Indian journal of veterinary science and animal husbandry - Volume 10,
Year: 1940
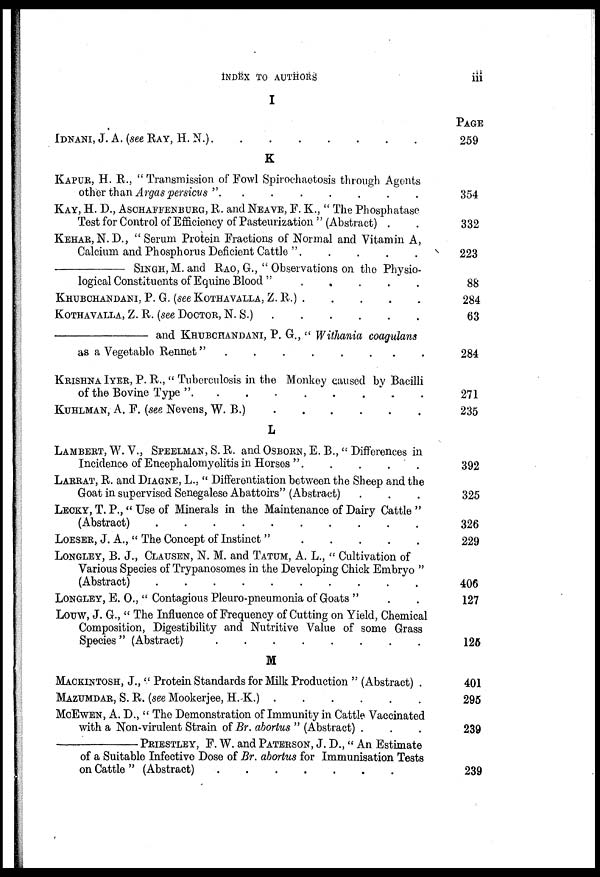
INDEX TO AUTHORS iii
I
IDNANI, J. A. (SEE RAY, H. N.) . . . . . . . .
K
KAPUR, H. R., " Transmission of Fowl Spirochaetosis through Agents
other than Argas persicus ".
.
.
.
.
.
.
.
KAY, H. D., ASCHAEFENBURG, R. AND NEAVE, F. K., " The Phosphatase
Test for Control of Efficiency of Pasteurization '' (Abstract) . .
KEHAR,N.D., "Serum Protein Fractions of Normal and Vitamin A,
Calcium and Phosphorus Deficient Cattle "
.
.
.
.
.
— SINGH, M. AND RAO, G., " Observations on the Physio-
logical Constituents of Equine Blood " . . . . . .
KHUBCHANDANI, P. G. (see KOTHAVALLA, Z. R.) . . . . .
KOTHAVALLA, Z. R. (SEE DOCTOR, N. S.) . . . . . .
—and
KHUBCHANDANI,
P.
G.,
"
Withania
coagulans
as a Vegetable Rennet"
.
.
.
.
.
.
KRISHNA IYER, P. R., " Tuberculosis in the Monkey caused by Bacilli
KUHLMAN, A. F. (see Nevens, W. B.)
.
.
.
.
.
.
.
L
LAMBERT, W. V., SPEELMAN, S. R. AND OSBORN, E. B., " Differences in
Incidence of Encephalomyelitis in Horses " . . . . . .
LARRAT, R. AND DIAGNE, L., " Differentiation between the Sheep and the
Goat in supervised Senegalese Abattoirs" (Abstract) . . .
LECKY, T. P., " Use of Minerals in the Maintenance of Dairy Cattle "
(Abstract) . . . . . . . . . .
LOESER, J. A., " The Concept of Instinct" . . . . . .
LONGLEY, B. J., CLAUSEN, N. M. AND TATUM, A. L.," Cultivation of
Various Species of Trypanosomes in the Developing Chick Embryo "
(Abstract) . . . . . . . . . .
LONGLEY, E. O., " Contagious Pleuro-pneumonia of Goats " . .
Louw, J. G., " The Influence of Frequency of Cutting on Yield, Chemical
Composition, Digestibility and Nutritive Value of some Grass
Species " (Abstract)
.
.
.
.
.
.
.
.
M
MACKINTOSH, J., " Protein Standards for Milk Production " (Abstract) .
MAZUMDAR, S. R. (see Mookerjee, H. K.)
.
.
.
.
.
.
MCEWEN, A. D., " The Demonstration of Immunity in Cattle Vaccinated
with a Non-virulent Strain of Br. abortus " (Abstract) . . .
—PRIESTLEY, F. W. and PATERSON, J. D., " An Estimate
of a Suitable Infective Dose of Br. abortus for Immunisation Tests
on Cattle " (Abstract) . . . . . . .
PAGE
259
354
332
223
88
284
63
284
271
235
392
325
326
229
406
127
125
401
295
239
239